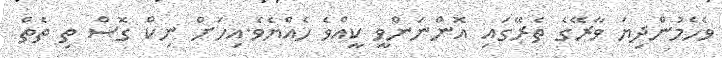
ވެހެމުންދިޔަ ވާރޭގެ ތެރޭގައި އޮންނަންވީ ކީއްވެ ހެއްޔެވެ.އިހަށް ނިކް ގޮސް ތި ތެތް